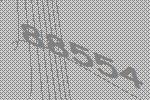
88554